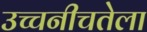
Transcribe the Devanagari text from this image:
उच्चनीचतेला